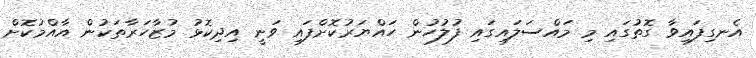
އެނގިފައިވާ ގޮތުގައި މި މައްސަލައިގައި ފުލުހުން ހައްޔަރުކޮށްފައި ވަނީ އިދިކޮޅު މުޒާހަރާތަކުން އާއްމުކޮށް